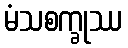
မံသစက္ခုဿ